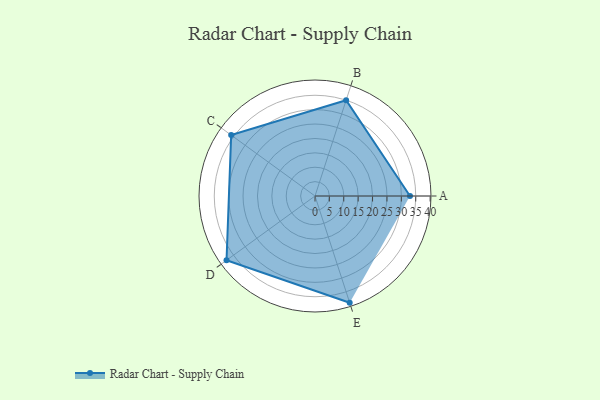
{"axis": {"x": "Skill", "y": "Score"}, "legend": ["Profile"], "data": [{"x": "A", "y": 33.0, "type": "Profile"}, {"x": "B", "y": 35.0, "type": "Profile"}, {"x": "C", "y": 36.0, "type": "Profile"}, {"x": "D", "y": 38.0, "type": "Profile"}, {"x": "E", "y": 39.0, "type": "Profile"}]}